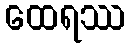
ထေရဿ